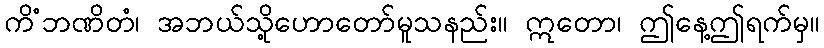
ကိံဘဏိတံ၊ အဘယ်သို့ဟောတော်မူသနည်း။ ဣတော၊ ဤနေ့ဤရက်မှ။